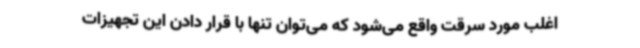
اغلب مورد سرقت واقع می‌شود که می‌توان تنها با قرار دادن این تجهیزات